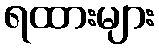
ရထားများ